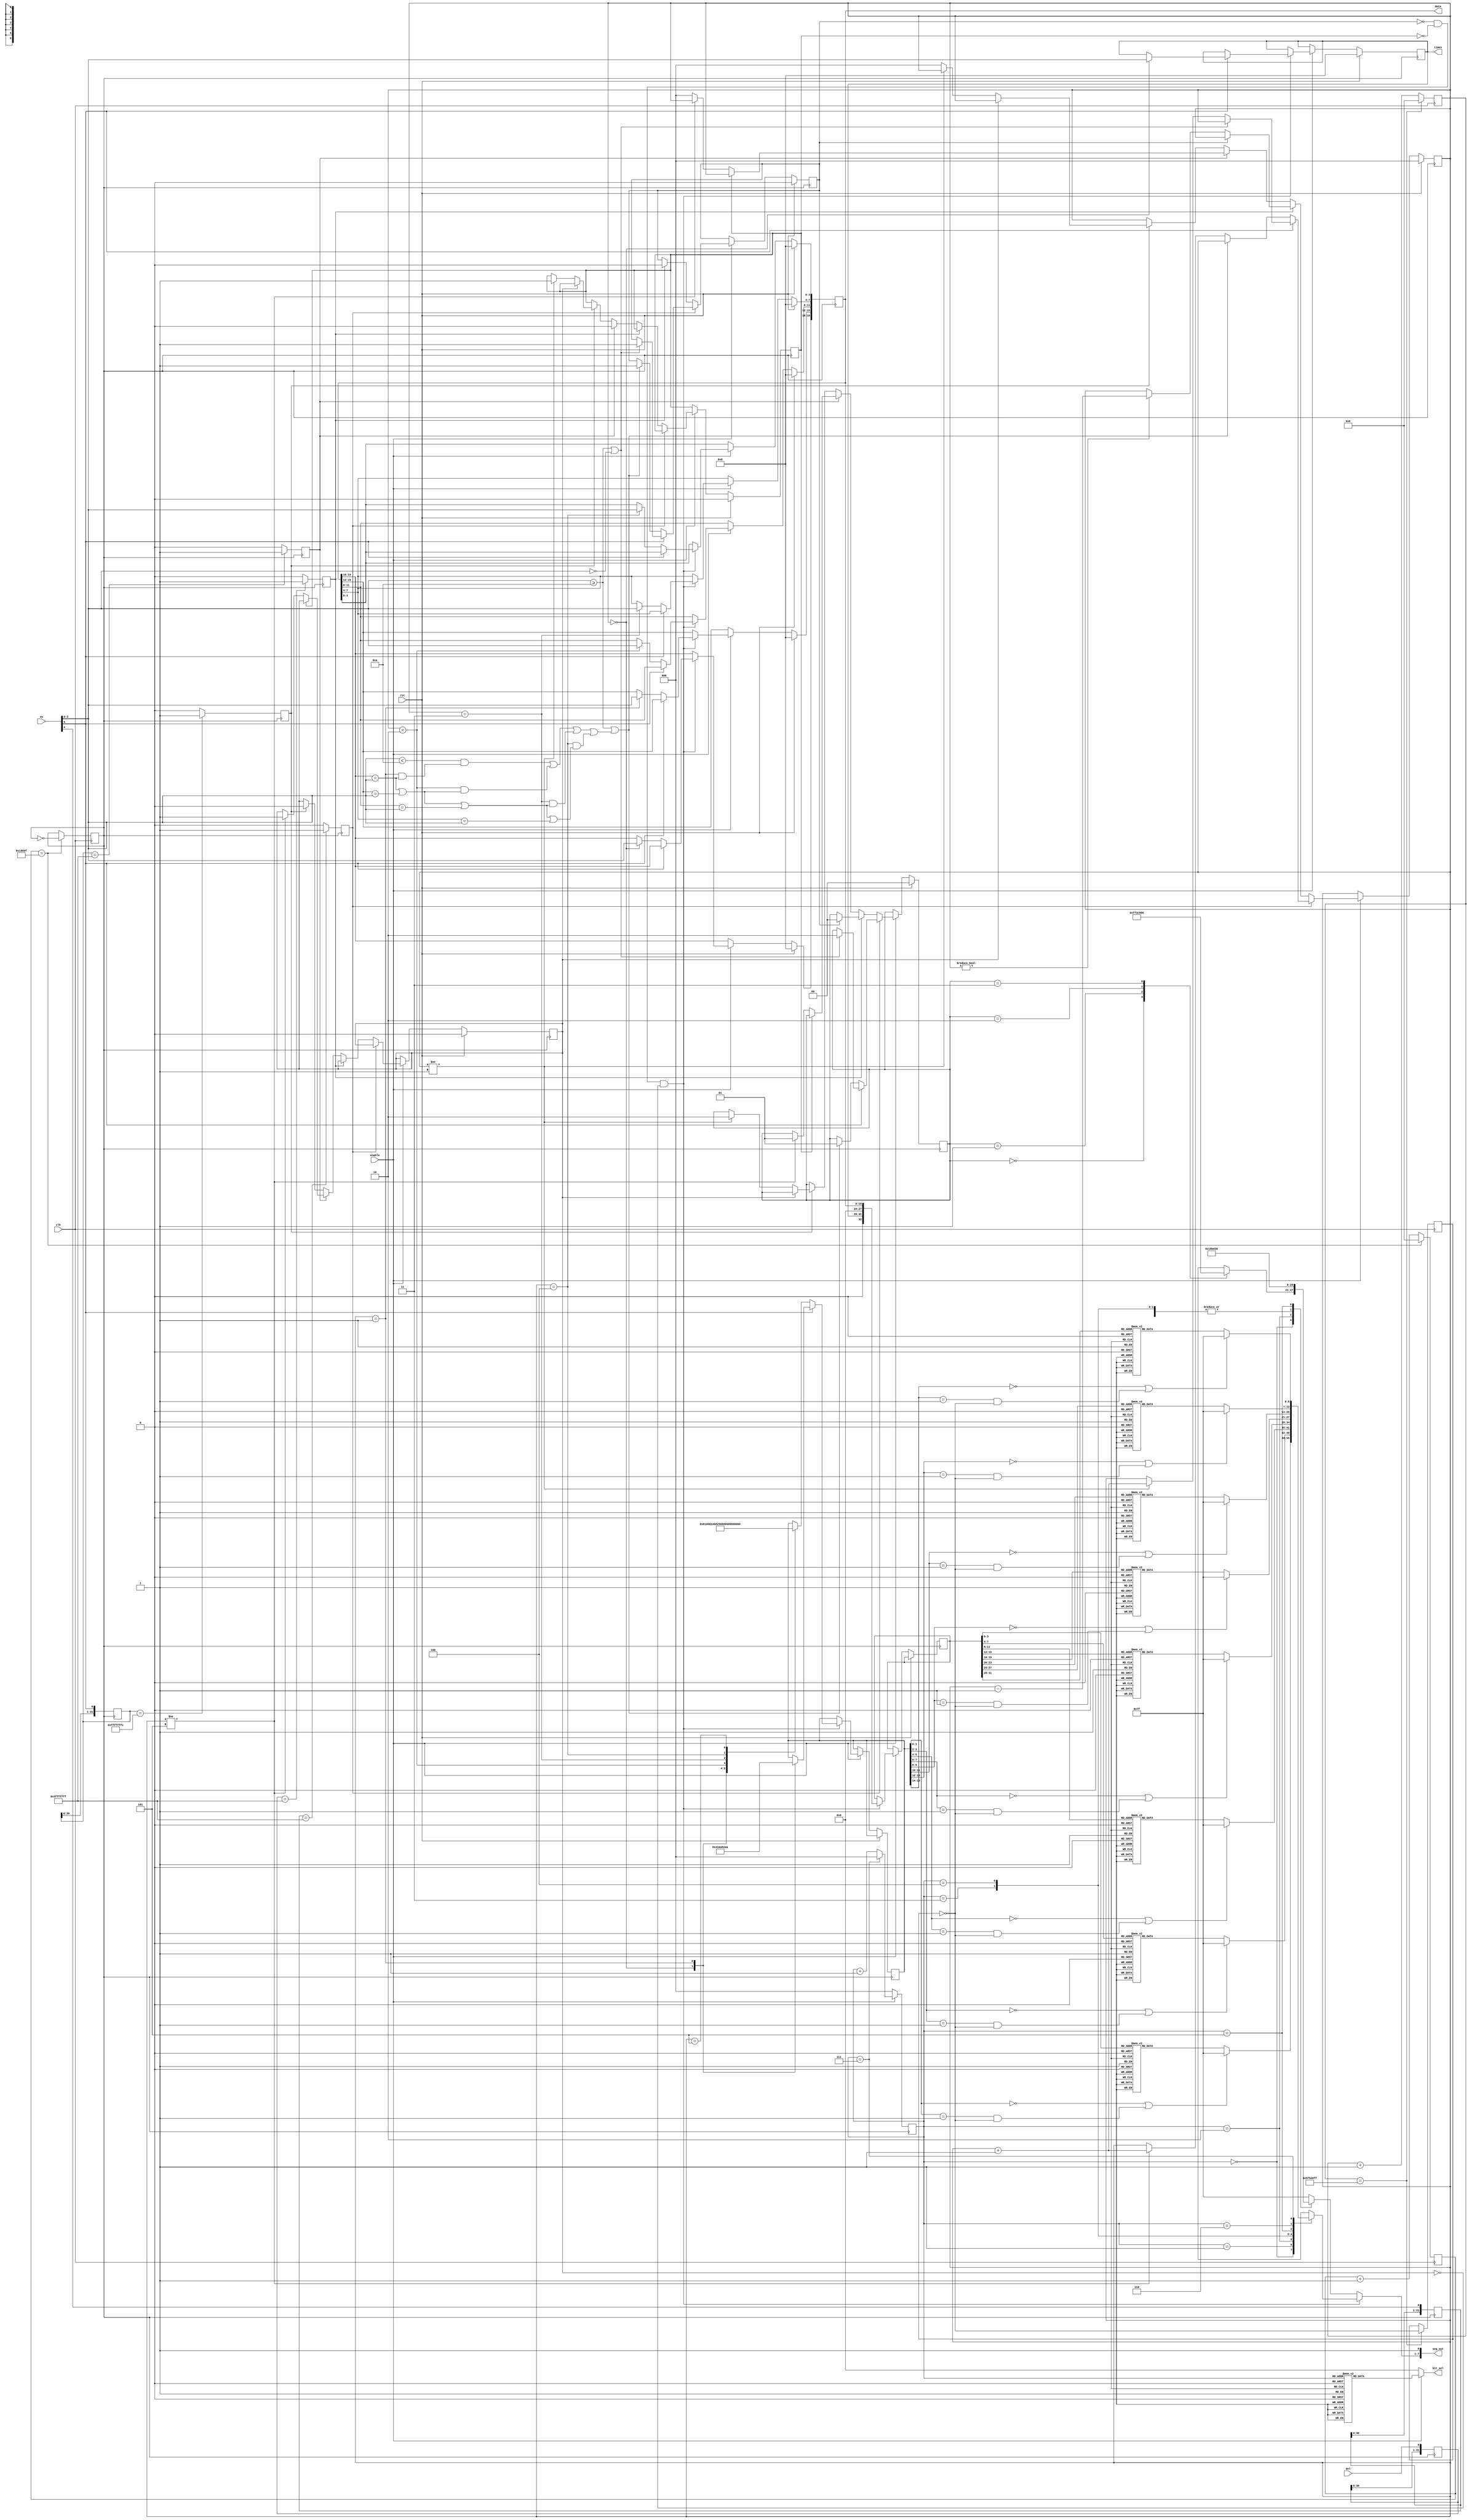
`timescale 1ns/1ps

module stage2_tb(
    input clk,
    input enable,
    input rst,
    input [5:0] sw,
    input del,
    output [7:0] bit_sel,
    output [7:0] seg_out,
    output reg [19:0] data,
    output reg [3:0] times
);

parameter  period = 200000;
parameter  l_period = 200_000_000;

reg error = 0;
reg [1:0] errorType = 0;
reg [15:0] state = 16'b00_00_00_10_10_10_10_10; // 00 for lights out, 01 for lights flickering, 10 for lights on
reg [32:0] display_data = 32'b0;
reg clkout = 0;
reg l_clkout = 0;
reg [31:0] cnt = 32'b0;
reg [31:0] l_cnt = 32'b0;
reg [2:0] scan_cnt = 3'b0;
reg [6:0] Y_reg = 7'b0;
reg [7:0] bit_sel_reg = 8'b0;
reg [2:0] pos = 3'b0; 
reg  [31:0] sw5_history = 32'h0;
reg sw5_posedge_detected = 1'b0;
reg sw5_negedge_detected = 1'b0;
reg  [31:0] sw4_history = 32'h0;
reg sw4_posedge_detected = 1'b0;
reg  [31:0] del_history = 32'h0;
reg del_posedge_detected = 1'b0;
reg error_not_5_digits = 0;
reg error_not_1_times = 0;
assign seg_out = {Y_reg, 1'b1};
assign bit_sel = bit_sel_reg;

// get clkout of period hz and l_clkout of l_period hz
always @(posedge clk)
begin
    if(cnt == (period >> 1) - 1) begin
        clkout <= ~clkout;
        cnt <= 0;
    end
    else
        cnt <= cnt + 1;
end

always @(posedge clk)
begin
    if(l_cnt == (l_period >> 1) - 1) begin
        l_clkout <= ~l_clkout;
        l_cnt <= 0;
    end
    else
        l_cnt <= l_cnt + 1;
end

// detect the posedge of sw5, sw4 sw6, sw7 and del
always @(negedge clkout) begin    
    sw4_history <= {sw4_history[30:0], sw[4]};
    if (sw4_history == 32'h3fff_ffff)
        sw4_posedge_detected <= 1'b1;
    else
        sw4_posedge_detected <= 1'b0;
end

always @(negedge clkout) begin  
    sw5_history <= { sw5_history[30:0], sw[5] } ;
    if (sw5_history == 32'h3fff_ffff) begin
        sw5_posedge_detected <= 1'b1;
    end
    else begin
        sw5_posedge_detected <= 1'b0;
    end
    if(sw5_history == 32'hffff_fffc) begin
        sw5_negedge_detected <= 1'b1;
    end
    else begin
        sw5_negedge_detected <= 1'b0;
    end
end

always @(negedge clkout) begin
  del_history <= { del_history[30:0], del };
  if (del_history == 32'h3fff_ffff)
    del_posedge_detected <= 1'b1;
  else
    del_posedge_detected <= 1'b0;
end

//set the content of 5_digit number
always @(posedge clkout) begin
    if(rst == 1) begin
        data <= 20'b0;
        times <= 4'b0;
        pos <= 3'b0;
        error <= 0;
        error_not_1_times <= 0;
        error_not_5_digits <= 0;
        errorType <= 2'b0;
    end
    else begin
        if(enable == 1) begin
            if(error == 0 && error_not_1_times == 0 && error_not_5_digits == 0) begin
            if(sw[5] == 0) begin
                display_data <= {times, 8'b0, data};
                case(pos)
                    0: begin data[19:16] <= sw[3:0]; state <= 16'b10_00_00_01_00_00_00_00; end
                    1: begin data[15:12] <= sw[3:0];state <= 16'b10_00_00_10_01_00_00_00; end
                    2: begin data[11:8] <= sw[3:0];state <= 16'b10_00_00_10_10_01_00_00; end
                    3: begin data[7:4] <= sw[3:0];state <= 16'b10_00_00_10_10_10_01_00; end
                    4: begin data[3:0] <= sw[3:0];state <= 16'b10_00_00_10_10_10_10_01; end
                    5: state <= 16'b10_00_00_10_10_10_10_10;
                endcase
            end
            else begin
                display_data <= {times, 8'b0, data};
                case(pos)
                    0: begin times <= sw[3:0]; state <= 16'b01_00_00_10_10_10_10_10; end
                    1: begin state <= 16'b10_00_00_10_10_10_10_10; end
                endcase
            end
            end
            if(sw4_posedge_detected == 1) begin
                if(sw[5] == 0) begin
                    if(sw[3:0] >= 4'b1010 || (sw[3:0] < 4'b1010 &&
                        (pos == 3'b001 && (data[19:16] == sw[3:0])) ||
                        (pos == 3'b010 && (data[19:16] == sw[3:0] || data[15:12] == sw[3:0])) ||
                        (pos == 3'b011 && (data[19:16] == sw[3:0] || data[15:12] == sw[3:0] || data[11:8] == sw[3:0])) || 
                        (pos == 3'b100 && (data[19:16] == sw[3:0] || data[15:12] == sw[3:0] || data[11:8] == sw[3:0] || data[7:4] == sw[3:0])))) begin
                            errorType <= 2'b01;
                            error <= 1;
                    end 
                    else begin
                        if(pos != 3'b101) begin
                            pos <= pos + 3'b001;   
                        end
                    end
                end
                else begin
                    if(sw[3:0] >= 4'b1010 || sw[3:0] == 4'b0) begin
                        errorType <= 2'b10;
                        error <= 1;
                    end
                    else begin
                        if(pos != 3'b001) begin
                            pos <= pos + 3'b001;   
                        end
                    end
                end
            end
            else if(del_posedge_detected == 1) begin
                if(error == 1)begin
                    errorType <= 2'b00;
                    error <= 0;
                end
                else begin
                    if(pos != 3'b000) begin
                        pos <= pos - 3'b001;
                    end
                end
            end
            else if(sw5_posedge_detected) begin
                if(error_not_1_times == 1)begin
                    error_not_1_times <= 0;
                end
                else begin
                    if(pos != 3'b101) begin
                        errorType <= 2'b01;
                        error_not_5_digits <= 1;
                    end
                    else begin
                        pos <= 3'b0;
                    end
                end
            end
            else if(sw5_negedge_detected) begin
                if(error_not_5_digits == 1)begin
                    error_not_5_digits <= 0;
                end
                else begin 
                    if(pos != 3'b001) begin
                        errorType <= 2'b10;
                        error_not_1_times <= 1;
                    end
                    else begin
                        pos <= 3'b0;
                    end
                end
            end
        end
    end
end 

//set scan_cnt to increase by 1 on each posedge of clkout
always @(posedge clkout)
begin
    if(enable == 0)
        scan_cnt <= 0;
    else begin
        if(scan_cnt == 3'b111)
            scan_cnt <= 0;
        else
        scan_cnt <= scan_cnt + 1;
    end
end

//combinational logic to set the bit_sel_reg according to scan_cnt
always @(scan_cnt)
begin
    if(!enable)
        bit_sel_reg = 8'b00000000;
    else
    case(scan_cnt)
        3'b000: bit_sel_reg = ~8'b00000001;
        3'b001: bit_sel_reg = ~8'b00000010;
        3'b010: bit_sel_reg = ~8'b00000100;
        3'b011: bit_sel_reg = ~8'b00001000;
        3'b100: bit_sel_reg = ~8'b00010000;
        3'b101: bit_sel_reg = ~8'b00100000;
        3'b110: bit_sel_reg = ~8'b01000000;
        3'b111: bit_sel_reg = ~8'b10000000;
    endcase
end

//conbinational logic to set Y_reg according to state, data and error
always @(scan_cnt)
begin
    if(error == 0 && error_not_1_times == 0 && error_not_5_digits == 0)
    begin
        case(scan_cnt)
                3'b000: 
                if(state[1:0] == 0 || ((state[1:0] == 1) && l_clkout == 0))
                    Y_reg = ~7'b0000_000;
                else
                case (display_data[3:0])
                    0:Y_reg = ~7'b1111_110;   //0
                    1:Y_reg = ~7'b0110_000;   //1
                    2:Y_reg = ~7'b1101_101;   //2
                    3:Y_reg = ~7'b1111_001;   //3
                    4:Y_reg = ~7'b0110_011;   //4
                    5:Y_reg = ~7'b1011_011;   //5
                    6:Y_reg = ~7'b1011_111;   //6
                    7:Y_reg = ~7'b1110_000;   //7
                    8:Y_reg = ~7'b1111_111;   //8
                    9:Y_reg = ~7'b1110_011;   //9
                    10:Y_reg = ~7'b1110_111; //A
                    11:Y_reg = ~7'b0011_111; // b
                    12:Y_reg = ~7'b0001_101; // c
                    13:Y_reg = ~7'b0111_101; // d
                    14:Y_reg = ~7'b1001_111; // E
                    15:Y_reg = ~7'b1000_111; // F
                endcase    
                3'b001:
                if(state[3:2] == 0 || ((state[3:2] == 1) && l_clkout == 0))
                    Y_reg = ~7'b0000_000;
                else
                case (display_data[7:4])
                    0:Y_reg = ~7'b1111_110;   //0
                    1:Y_reg = ~7'b0110_000;   //1
                    2:Y_reg = ~7'b1101_101;   //2
                    3:Y_reg = ~7'b1111_001;   //3
                    4:Y_reg = ~7'b0110_011;   //4
                    5:Y_reg = ~7'b1011_011;   //5
                    6:Y_reg = ~7'b1011_111;   //6
                    7:Y_reg = ~7'b1110_000;   //7
                    8:Y_reg = ~7'b1111_111;   //8
                    9:Y_reg = ~7'b1110_011;   //9
                    10:Y_reg = ~7'b1110_111; //A
                    11:Y_reg = ~7'b0011_111; // b
                    12:Y_reg = ~7'b0001_101; // c
                    13:Y_reg = ~7'b0111_101; // d
                    14:Y_reg = ~7'b1001_111; // E
                    15:Y_reg = ~7'b1000_111; // F
                endcase
                3'b010:
                if(state[5:4] == 0 || ((state[5:4] == 1) && l_clkout == 0))
                    Y_reg = ~7'b0000_000;
                else
                case (display_data[11:8])
                    0:Y_reg = ~7'b1111_110;   //0
                    1:Y_reg = ~7'b0110_000;   //1
                    2:Y_reg = ~7'b1101_101;   //2
                    3:Y_reg = ~7'b1111_001;   //3
                    4:Y_reg = ~7'b0110_011;   //4
                    5:Y_reg = ~7'b1011_011;   //5
                    6:Y_reg = ~7'b1011_111;   //6
                    7:Y_reg = ~7'b1110_000;   //7
                    8:Y_reg = ~7'b1111_111;   //8
                    9:Y_reg = ~7'b1110_011;   //9
                    10:Y_reg = ~7'b1110_111; //A
                    11:Y_reg = ~7'b0011_111; // b
                    12:Y_reg = ~7'b0001_101; // c
                    13:Y_reg = ~7'b0111_101; // d
                    14:Y_reg = ~7'b1001_111; // E
                    15:Y_reg = ~7'b1000_111; // F
                endcase
                3'b011:
                if(state[7:6] == 0 || ((state[7:6] == 1) && l_clkout == 0))
                    Y_reg = ~7'b0000_000;
                else
                case (display_data[15:12])
                    0:Y_reg = ~7'b1111_110;   //0
                    1:Y_reg = ~7'b0110_000;   //1
                    2:Y_reg = ~7'b1101_101;   //2
                    3:Y_reg = ~7'b1111_001;   //3
                    4:Y_reg = ~7'b0110_011;   //4
                    5:Y_reg = ~7'b1011_011;   //5
                    6:Y_reg = ~7'b1011_111;   //6
                    7:Y_reg = ~7'b1110_000;   //7
                    8:Y_reg = ~7'b1111_111;   //8
                    9:Y_reg = ~7'b1110_011;   //9
                    10:Y_reg = ~7'b1110_111; //A
                    11:Y_reg = ~7'b0011_111; // b
                    12:Y_reg = ~7'b0001_101; // c
                    13:Y_reg = ~7'b0111_101; // d
                    14:Y_reg = ~7'b1001_111; // E
                    15:Y_reg = ~7'b1000_111; // F
                endcase
                3'b100:
                if(state[9:8] == 0 || ((state[9:8] == 1) && l_clkout == 0))
                    Y_reg = ~7'b0000_000;
                else
                case (display_data[19:16])
                    0:Y_reg = ~7'b1111_110;   //0
                    1:Y_reg = ~7'b0110_000;   //1
                    2:Y_reg = ~7'b1101_101;   //2
                    3:Y_reg = ~7'b1111_001;   //3
                    4:Y_reg = ~7'b0110_011;   //4
                    5:Y_reg = ~7'b1011_011;   //5
                    6:Y_reg = ~7'b1011_111;   //6
                    7:Y_reg = ~7'b1110_000;   //7
                    8:Y_reg = ~7'b1111_111;   //8
                    9:Y_reg = ~7'b1110_011;   //9
                    10:Y_reg = ~7'b1110_111; //A
                    11:Y_reg = ~7'b0011_111; // b
                    12:Y_reg = ~7'b0001_101; // c
                    13:Y_reg = ~7'b0111_101; // d
                    14:Y_reg = ~7'b1001_111; // E
                    15:Y_reg = ~7'b1000_111; // F
                endcase
                3'b101:
                if(state[11:10] == 0 || ((state[11:10] == 1) && l_clkout == 0))
                    Y_reg = ~7'b0000_000;
                else
                case (display_data[23:20])
                    0:Y_reg = ~7'b1111_110;   //0
                    1:Y_reg = ~7'b0110_000;   //1
                    2:Y_reg = ~7'b1101_101;   //2
                    3:Y_reg = ~7'b1111_001;   //3
                    4:Y_reg = ~7'b0110_011;   //4
                    5:Y_reg = ~7'b1011_011;   //5
                    6:Y_reg = ~7'b1011_111;   //6
                    7:Y_reg = ~7'b1110_000;   //7
                    8:Y_reg = ~7'b1111_111;   //8
                    9:Y_reg = ~7'b1110_011;   //9
                    10:Y_reg = ~7'b1110_111; //A
                    11:Y_reg = ~7'b0011_111; // b
                    12:Y_reg = ~7'b0001_101; // c
                    13:Y_reg = ~7'b0111_101; // d
                    14:Y_reg = ~7'b1001_111; // E
                    15:Y_reg = ~7'b1000_111; // F
                endcase  
                3'b110:
                if(state[13:12] == 0 || ((state[13:12] == 1) && l_clkout == 0))
                    Y_reg = ~7'b0000_000;
                else
                case (display_data[27:24])
                    0:Y_reg = ~7'b1111_110;   //0
                    1:Y_reg = ~7'b0110_000;   //1
                    2:Y_reg = ~7'b1101_101;   //2
                    3:Y_reg = ~7'b1111_001;   //3
                    4:Y_reg = ~7'b0110_011;   //4
                    5:Y_reg = ~7'b1011_011;   //5
                    6:Y_reg = ~7'b1011_111;   //6
                    7:Y_reg = ~7'b1110_000;   //7
                    8:Y_reg = ~7'b1111_111;   //8
                    9:Y_reg = ~7'b1110_011;   //9
                    10:Y_reg = ~7'b1110_111; //A
                    11:Y_reg = ~7'b0011_111; // b
                    12:Y_reg = ~7'b0001_101; // c
                    13:Y_reg = ~7'b0111_101; // d
                    14:Y_reg = ~7'b1001_111; // E
                    15:Y_reg = ~7'b1000_111; // F
                endcase
                3'b111:
                if(state[15:14] == 0 || ((state[15:14] == 1) && l_clkout == 0))
                    Y_reg = ~7'b0000_000;
                else
                case (display_data[31:28])
                    0:Y_reg = ~7'b1111_110;   //0
                    1:Y_reg = ~7'b0110_000;   //1
                    2:Y_reg = ~7'b1101_101;   //2
                    3:Y_reg = ~7'b1111_001;   //3
                    4:Y_reg = ~7'b0110_011;   //4
                    5:Y_reg = ~7'b1011_011;   //5
                    6:Y_reg = ~7'b1011_111;   //6
                    7:Y_reg = ~7'b1110_000;   //7
                    8:Y_reg = ~7'b1111_111;   //8
                    9:Y_reg = ~7'b1110_011;   //9
                    10:Y_reg = ~7'b1110_111; //A
                    11:Y_reg = ~7'b0011_111; // b
                    12:Y_reg = ~7'b0001_101; // c
                    13:Y_reg = ~7'b0111_101; // d
                    14:Y_reg = ~7'b1001_111; // E
                    15:Y_reg = ~7'b1000_111; // F
                endcase
                default: Y_reg = ~7'b0000_000;   //all disabled
        endcase     
        end
        else
        begin
            case(scan_cnt)
                3'b000:
                case (errorType)
                    2'b00:Y_reg = ~7'b0000_000;   //off
                    2'b01:Y_reg = ~7'b0110_000;   //1
                    2'b10:Y_reg = ~7'b1101_101;   //2
                    2'b11:Y_reg = ~7'b1111_001;   //3
                endcase
                3'b001: 
                Y_reg = ~7'b0000101;   //r
                3'b010:
                Y_reg = ~7'b0011101;  //o
                3'b011:
                Y_reg = ~7'b0000101;   //r
                3'b100:
                Y_reg = ~7'b0000101;   //r
                3'b101:
                Y_reg = ~7'b1001111;    //E
                default: Y_reg = ~7'b0000_000;   //all disabled
            endcase       
        end  
    end
endmodule